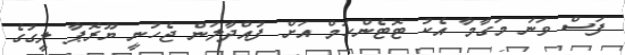
ފަސް ވަނަ މަގާމާ އެކު ޓޮޓެންހަމް އަށް ފުއްދާލަން ޖެހުނީ ޔޫރޮޕާ ލީގުގެ